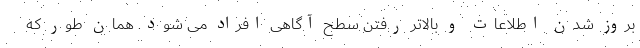
بروز شدن اطلاعات و بالاتر رفتن سطح آگاهی افراد می شود. همان طور که